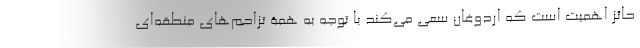
حائز اهمیت است که اردوغان سعی می­کند با توجه به همة تزاحم­های منطقه­ای